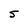
Character: 5